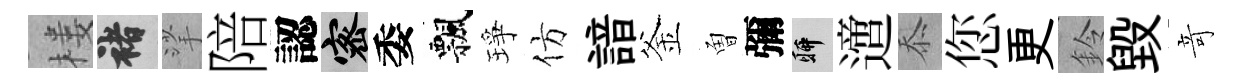
楼褚挲陪認密委飄琤仿諳釜曽彌聊𨗁忝您更鈴毁竒